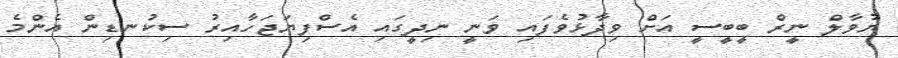
ޔުވާލް ނީރް ބީބީސީ އަށް ވިދާޅުވެފައި ވަނީ ނިދީގައި އެސްފިޔަޖަހާއިރު ސިކުނޑިން އެންމެ